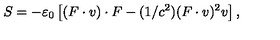
S = - \varepsilon _ { 0 } \left[ ( F \cdot v ) \cdot F - ( 1 / c ^ { 2 } ) ( F \cdot v ) ^ { 2 } v \right] ,